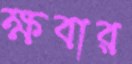
ক্ষবার